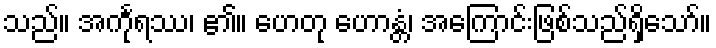
သည်။ အင်္ကုရဿ၊ ၏။ ဟေတု ဟောန္တံ၊ အကြောင်းဖြစ်သည်ရှိသော်။